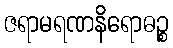
ဇရာမရဏနိရောဓဉ္စ